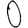
Digit: 0